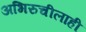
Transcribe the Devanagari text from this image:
अभिरुचीलाही